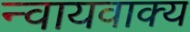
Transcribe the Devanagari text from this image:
न्वायवाक्य